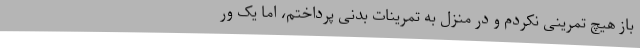
باز هیچ تمرینی نکردم و در منزل به تمرینات بدنی پرداختم، اما یک ور